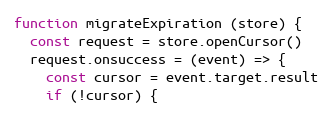
Language: JavaScript
function migrateExpiration (store) {
  const request = store.openCursor()
  request.onsuccess = (event) => {
    const cursor = event.target.result
    if (!cursor) {